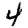
Digit: 4